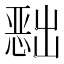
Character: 𭞔